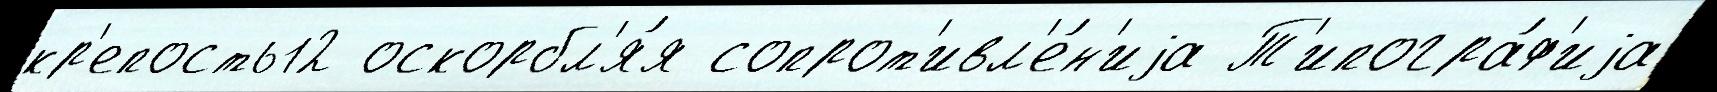
кр'епость12 оскорбл'я́я сопрот'ивл'е́н'иjа Т'ипогра́ф'иjа